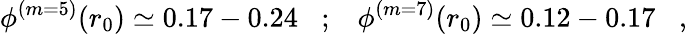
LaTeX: \phi^{(m=5)}(r_{0})\simeq 0.17-0.24\; \; \; ;\; \; \; \phi^{(m=7)}(r_{0})\simeq 0.12-0.17\; \; \; ,